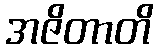
အဇိတာတိ